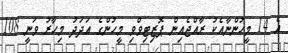
އެ 14 މީހުންނާއެކު ރާއްޖެއިން ޕޮޒިޓިވްވި މީހުންގެ އަދަދު މިހާރު ވަނީ 108